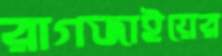
রাগজাইয়ের